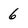
Character: 6